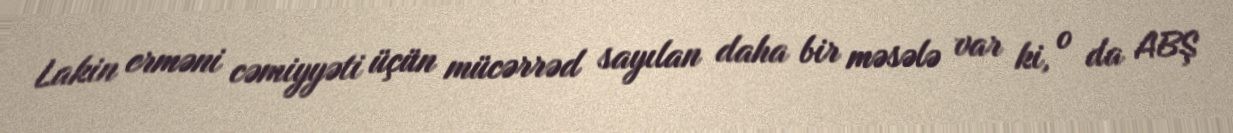
Lakin erməni cəmiyyəti üçün mücərrəd sayılan daha bir məsələ var ki, o da ABŞ